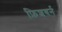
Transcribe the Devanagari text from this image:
फ़िशबर्न